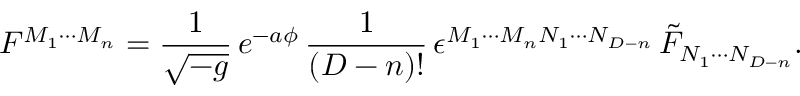
F ^ { M _ { 1 } \cdots M _ { n } } = { \frac { 1 } { \sqrt { - g } } } \, e ^ { - a \phi } \, { \frac { 1 } { ( D - n ) ! } } \, \epsilon ^ { M _ { 1 } \cdots M _ { n } N _ { 1 } \cdots N _ { D - n } } \, \tilde { F } _ { N _ { 1 } \cdots N _ { D - n } } .